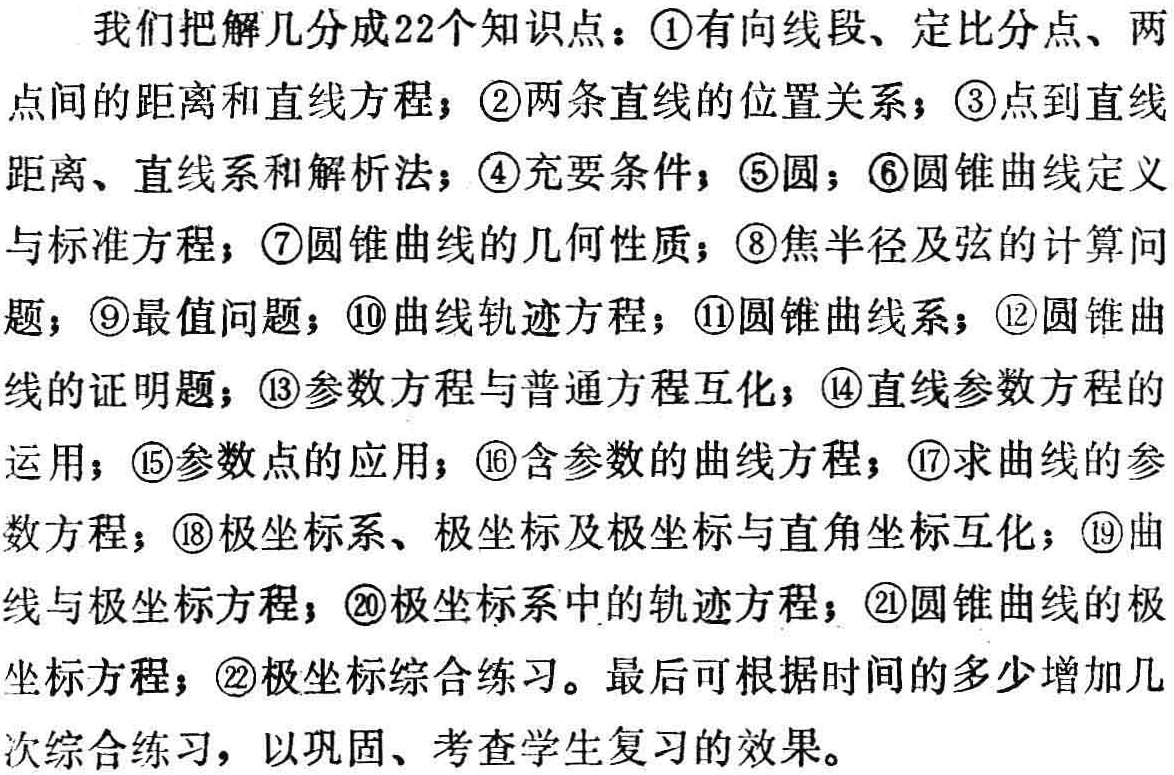
我们把解几分成22个知识点：\textcircled{1}有向线段、定比分点、两点间的距离和直线方程；\textcircled{2}两条直线的位置关系；\textcircled{3}点到直线距离、直线系和解析法；\textcircled{4}充要条件；\textcircled{5}圆；\textcircled{6}圆锥曲线定义与标准方程；\textcircled{7}圆锥曲线的几何性质；\textcircled{8}焦半径及弦的计算问题；\textcircled{9}最值问题；\textcircled{10}曲线轨迹方程；\textcircled{11}圆锥曲线系；\textcircled{12}圆锥曲线的证明题；\textcircled{13}参数方程与普通方程互化；\textcircled{14}直线参数方程的运用；\textcircled{15}参数点的应用；\textcircled{16}含参数的曲线方程；\textcircled{17}求曲线的参数方程；\textcircled{18}极坐标系、极坐标及极坐标与直角坐标互化；\textcircled{19}曲线与极坐标方程；\textcircled{20}极坐标系中的轨迹方程；㉑圆锥曲线的极坐标方程；㉒极坐标综合练习。最后可根据时间的多少增加几次综合练习，以巩固、考查学生复习的效果。